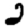
Digit: 2